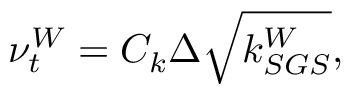
\nu _ { t } ^ { W } = C _ { k } \Delta \sqrt { k _ { S G S } ^ { W } } ,